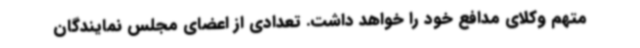
متهم وکلای مدافع خود را خواهد داشت. تعدادی از اعضای مجلس نمایندگان